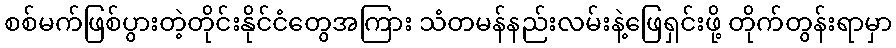
စစ်မက်ဖြစ်ပွားတဲ့တိုင်းနိုင်ငံတွေအကြား သံတမန်နည်းလမ်းနဲ့ဖြေရှင်းဖို့ တိုက်တွန်းရာမှာ